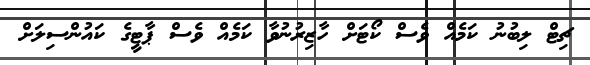
ޗިޓް ލިބުނު ކަމެއް ވެސް ކޯޓަށް ހާޒިރުނުވާ ކަމެއް ވެސް ޕާޓީގެ ކައުންސިލަށް